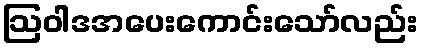
ဩဝါဒအပေးကောင်းသော်လည်း